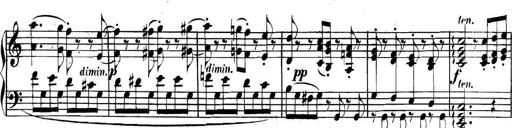
Title: Collected Piano Sonatas
Composer: Muzio Clementi